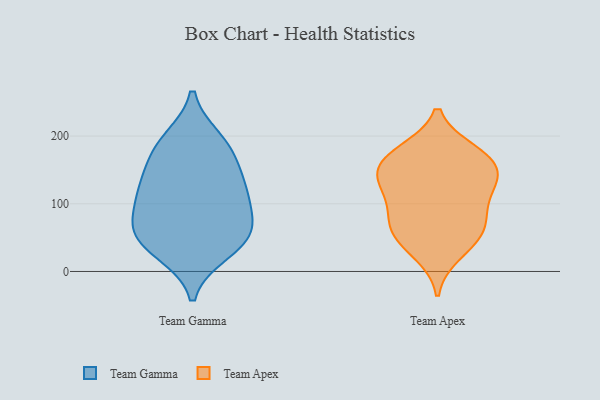
{"axis": {"x": "Waste Production (Tons)", "y": "Value"}, "legend": ["Team Apex", "Team Gamma"], "data": [{"x": "", "y": 183, "type": "Team Gamma"}, {"x": "", "y": 62, "type": "Team Gamma"}, {"x": "", "y": 64, "type": "Team Gamma"}, {"x": "", "y": 126, "type": "Team Gamma"}, {"x": "", "y": 44, "type": "Team Gamma"}, {"x": "", "y": 117, "type": "Team Gamma"}, {"x": "", "y": 51, "type": "Team Gamma"}, {"x": "", "y": 171, "type": "Team Gamma"}, {"x": "", "y": 193, "type": "Team Gamma"}, {"x": "", "y": 126, "type": "Team Gamma"}, {"x": "", "y": 30, "type": "Team Gamma"}, {"x": "", "y": 98, "type": "Team Gamma"}, {"x": "", "y": 141, "type": "Team Apex"}, {"x": "", "y": 66, "type": "Team Apex"}, {"x": "", "y": 85, "type": "Team Apex"}, {"x": "", "y": 134, "type": "Team Apex"}, {"x": "", "y": 158, "type": "Team Apex"}, {"x": "", "y": 170, "type": "Team Apex"}, {"x": "", "y": 86, "type": "Team Apex"}, {"x": "", "y": 171, "type": "Team Apex"}, {"x": "", "y": 27, "type": "Team Apex"}, {"x": "", "y": 124, "type": "Team Apex"}, {"x": "", "y": 126, "type": "Team Apex"}, {"x": "", "y": 51, "type": "Team Apex"}, {"x": "", "y": 177, "type": "Team Apex"}, {"x": "", "y": 53, "type": "Team Apex"}]}